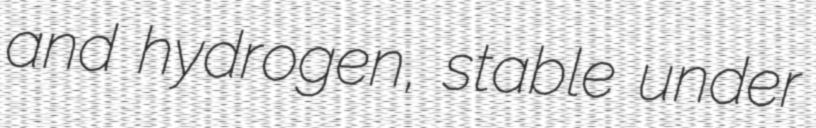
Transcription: and hydrogen, stable under